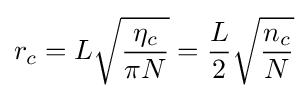
r_{c}=L{\sqrt {\frac {\eta _{c}}{\pi N}}}={\frac {L}{2}}{\sqrt {\frac {n_{c}}{N}}}